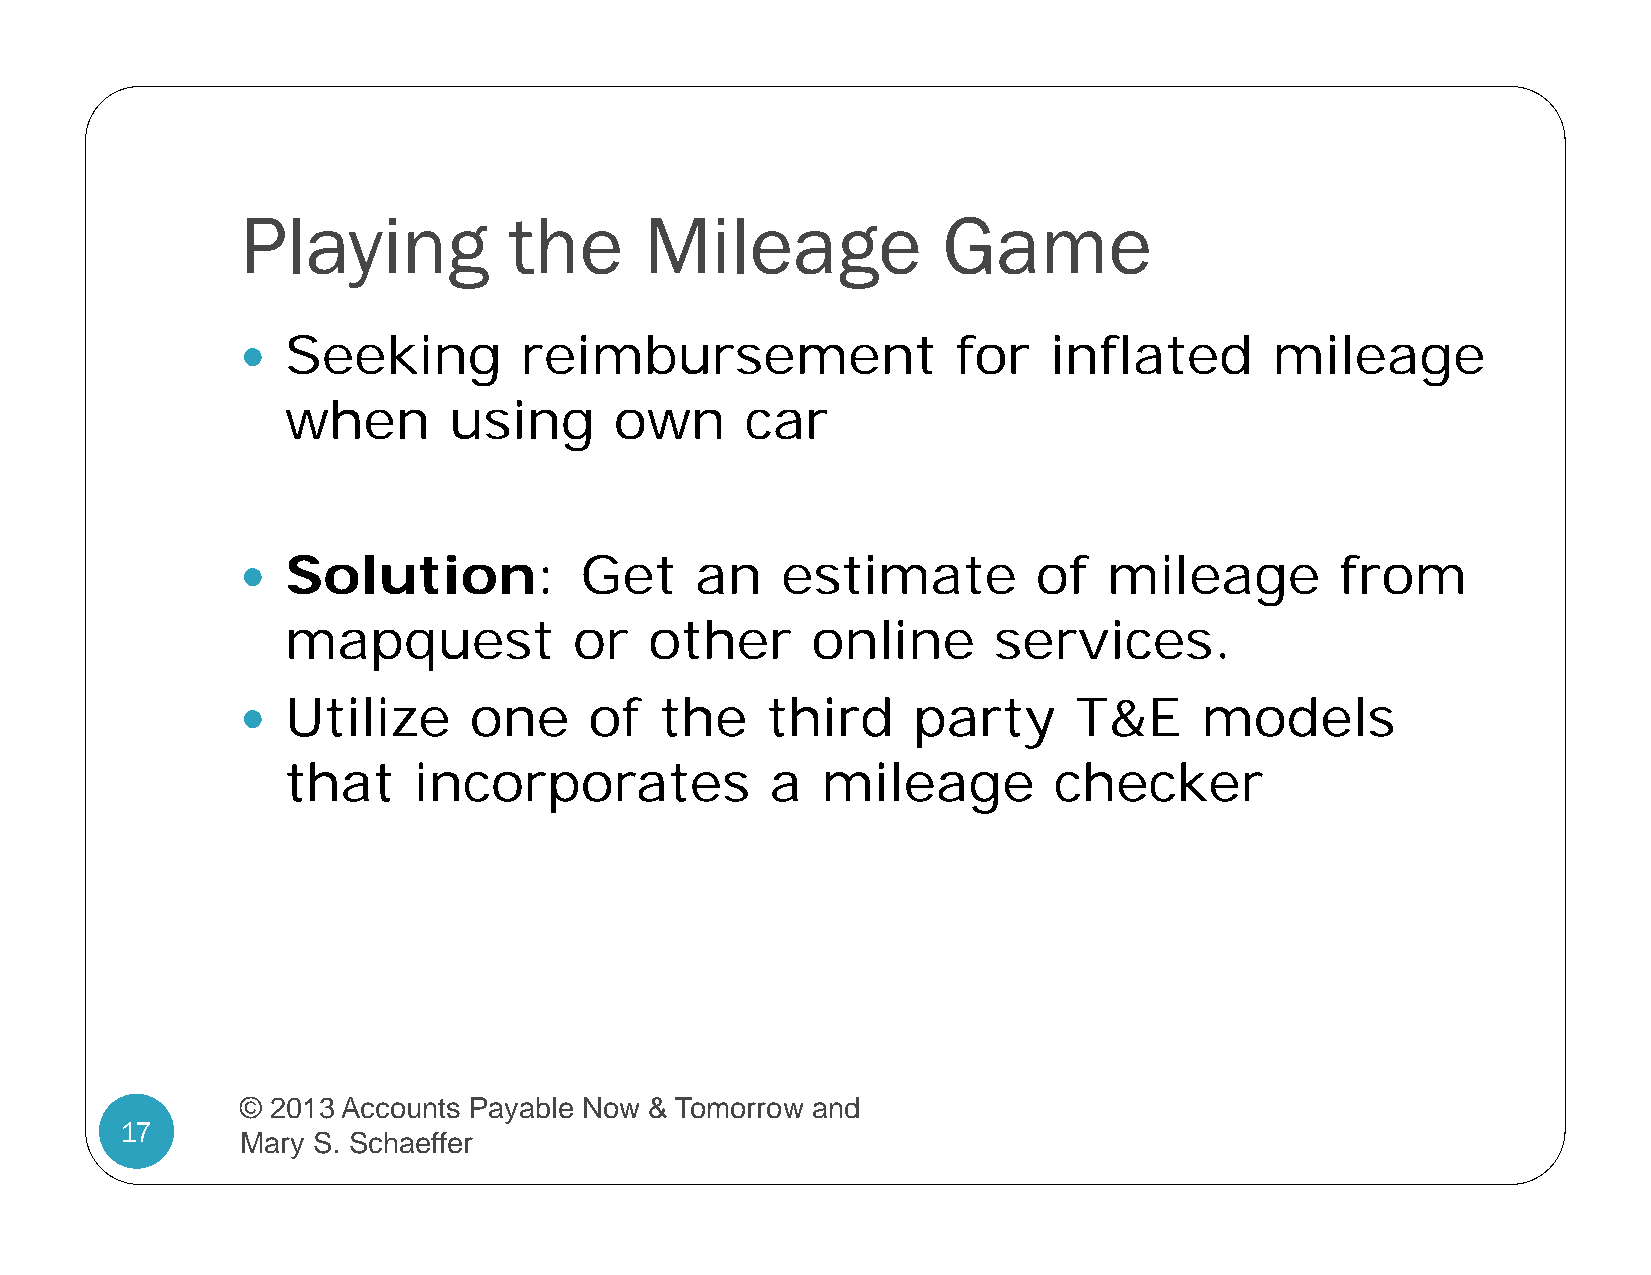
Playing           the      Mileage            Game
 Seeking        reimbursement                for   inflated       mileage
 
 when       using      own     car
 Solution:          Get     an    estimate         of  mileage         from
 
 mapquest           or   other      online      services.
 Utilize     one     of   the    third    party      T&E     models
 
 that    incorporates            a  mileage         checker
 © 2013 Accounts Payable Now & Tomorrow and
 17
 Mary S. Schaeffer